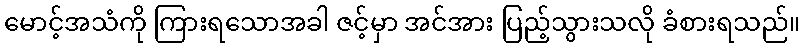
မောင့်အသံကို ကြားရသောအခါ ဇင့်မှာ အင်အား ပြည့်သွားသလို ခံစားရသည်။